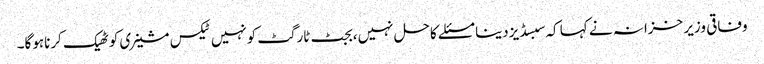
وفاقی وزیر خزانہ نے کہا کہ سبسڈیزدینا مسئلے کاحل نہیں،بجٹ ٹارگٹ کونہیں ٹیکس مشینری کوٹھیک کرناہوگا۔